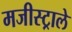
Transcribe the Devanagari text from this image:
मजीस्ट्राले